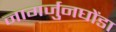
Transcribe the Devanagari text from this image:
नागर्जुनघोंडा